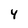
Character: 4